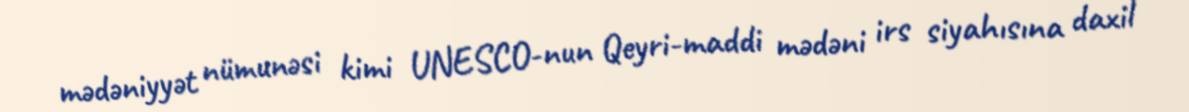
mədəniyyət nümunəsi kimi UNESCO-nun Qeyri-maddi mədəni irs siyahısına daxil